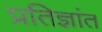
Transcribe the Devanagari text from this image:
प्रतिज्ञांत